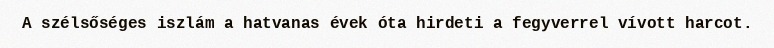
A szélsőséges iszlám a hatvanas évek óta hirdeti a fegyverrel vívott harcot.